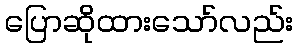
ပြောဆိုထားသော်လည်း